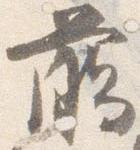
臈